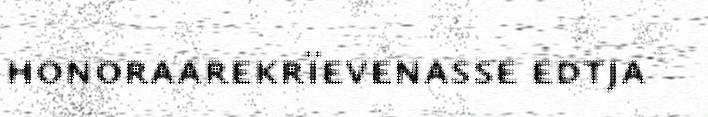
honoraarekrïevenasse edtja